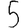
Digit: 5